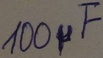
Text: 100µF